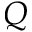
Q